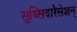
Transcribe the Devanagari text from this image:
सुब्सिदारैसेशन्